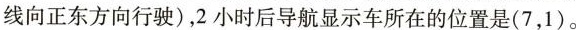
线向正东方向行驶)，2小时后导航显示车所在的位置是(7，1)。